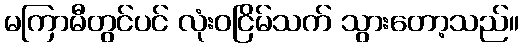
မကြာမီတွင်ပင် လုံးဝငြိမ်သက် သွားတော့သည်။